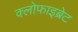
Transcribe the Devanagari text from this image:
क्लोफाइब्रेट